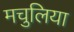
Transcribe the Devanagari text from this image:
मचुलिया